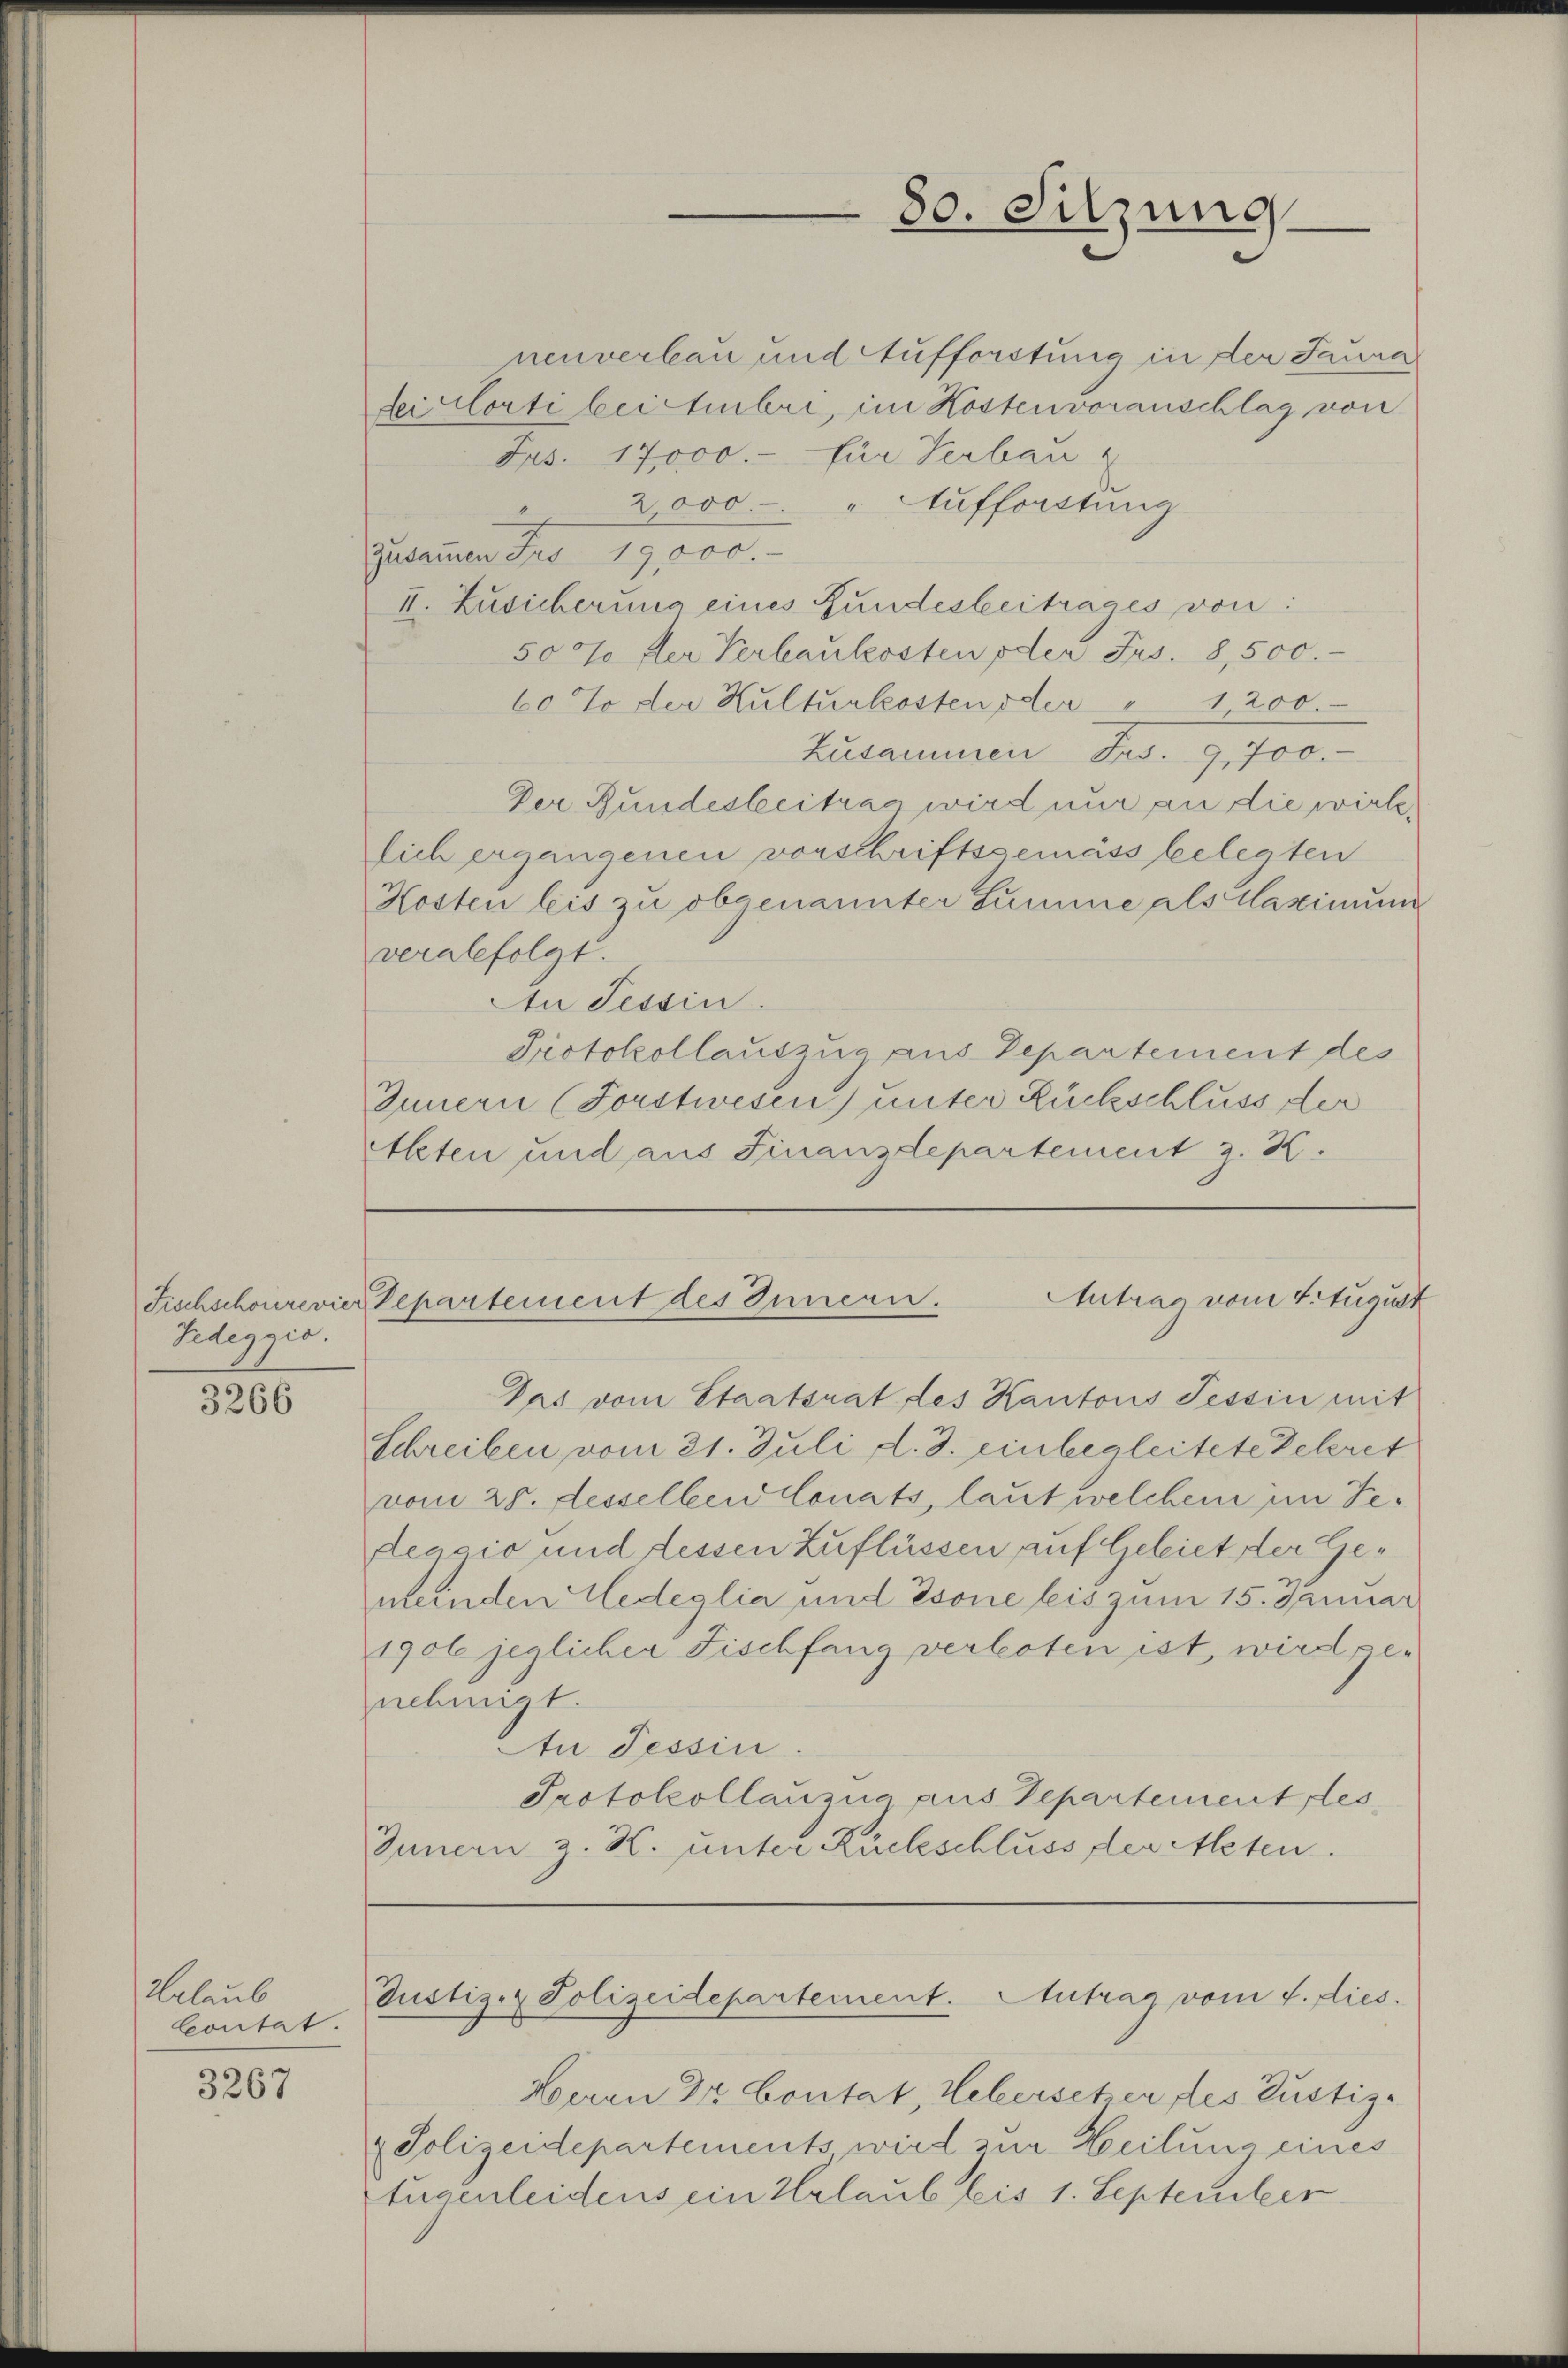
Tedeggio.

3266

Urlaub
Contat.

3267

2,000
" Aufforstung
4
Zusammen der 19,000.
II. Zusicherung eines Fundesbeitrages von:
50% der Verbaukosten oder Frs. 8,500.
60 oder Kulturkosten oder " 1200.
Zusammen Frs. 9,700.
Der Bundesbeitrag wird nur an die wirklich ergangenen vorschriftsgemäss belegten
Kosten bis zu obgenannter Summe als Maximum
verabfolgt.
An Tessin.
Protokollauszug aus Departement des
Innern (Forstwesen) unter Rückschluss der
Alten und aus Finanzdepartement z. K.

nenverbau und Aufforstung in der Saura
ei corti beittembri, im Kostenvoranschlag von
Jus. 17000.- für Verbau

Das vom Staatsrat des Kantons Tessin mit
Schreiben vom 21. Juli d. J. einbegleitete Deleret
vom 28. desselben Conats, laut welchem im Gedeacio und dessen Zuflüssen auf Geleiet der Gemeinden Ledeglia und Esone bis zum 15. Januar
1906 jeglicher Fischfang verboten ist, wird genehmigt.
An Tessin.
Protokollauzua aus Departement des
Innern z. K. unter Rückschluss der Acten.

80. Sitzung

Antrag vom 4. August
Fischschonrevier Departement des Innern.

Justiz- & Polizeidepartement. Antrag vom 4. dies

Herrn Dr. Contat, Webersetzer des Justiz¬
Polizeidepartements wird zur Heilung eines
tugenleidens ein Urlaub bis 1. September